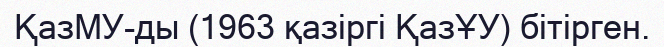
ҚазМУ-ды (1963 қазіргі ҚазҰУ) бітірген.